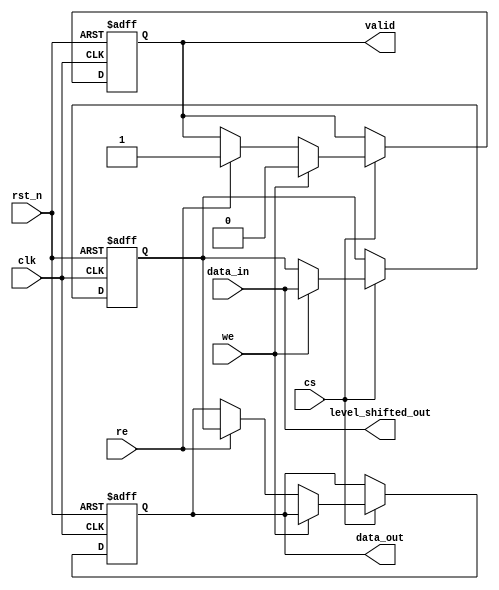
module FeRAM_IO_Block (
    input wire clk,
    input wire rst_n,
    input wire cs,            // Chip Select
    input wire we,            // Write Enable
    input wire re,            // Read Enable
    input wire [7:0] data_in, // Data input
    output reg [7:0] data_out, // Data output
    output reg valid,          // Valid signal for output
    output wire [7:0] level_shifted_out // Level shifted output
);

// Internal signals
reg [7:0] data_latch;               // Data latch
wire [7:0] read_sense;              // Output from read sensing circuit
wire write_drive;                    // Write driver signal

// Schmitt Trigger Input Buffer
wire [7:0] buffered_input = {data_in[7], data_in[6], data_in[5], data_in[4], 
                              data_in[3], data_in[2], data_in[1], data_in[0]};

// Level Shifter (to be implemented)
assign level_shifted_out = buffered_input; // Placeholder for actual level shifting logic

// Simple Read Sensing Circuit (Placeholder)
assign read_sense = data_latch;  // Example of read sensing logic

// Control Logic for Read/Write Operations
always @(posedge clk or negedge rst_n) begin
    if (!rst_n) begin
        data_latch <= 8'b0;
        data_out <= 8'b0;
        valid <= 1'b0;
    end else begin
        if (cs) begin
            if (we) begin
                // Write Operation
                data_latch <= buffered_input; // Capture data from input buffer
                valid <= 1'b0;                // Clear valid until written
            end else if (re) begin
                // Read Operation
                data_out <= read_sense;       // Read from sensing circuit
                valid <= 1'b1;                // Assert valid signal
            end
        end
    end
end

// Write Driver (Placeholder Logic for Driving Signal to Memory Cells)
assign write_drive = we ? buffered_input : 8'b0; // Drive data to cells during write

// Power Management - Placeholder
// Implement low-power features as necessary
// Possibly include additional control signals for power states

endmodule